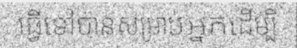
ធ្វើទៅបានសម្រាប់អ្នកដើម្បី